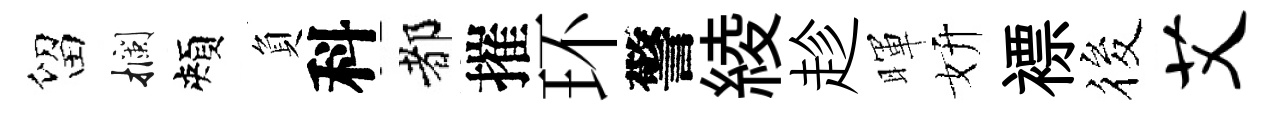
留攔頰負科都摧环警綾趁暉妍褾筱艾